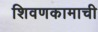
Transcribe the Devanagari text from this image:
शिवणकामाची